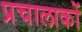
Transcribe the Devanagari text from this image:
प्रचालाकों